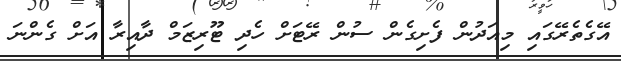
އޭގެތެރޭގައި މިއަދުން ފެށިގެން ސުން ރޭޓަށް ހެދި ޓޫރިޒަމް ދާއިރާ އަށް ގެންނަ